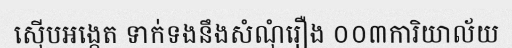
ស៊ើបអង្កេត ទាក់ទងនឹងសំណុំរឿង ០០៣ការិយាល័យ